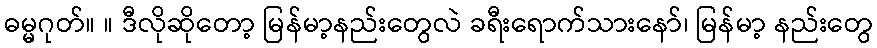
ဓမ္မဂုတ်။ ။ ဒီလိုဆိုတော့ မြန်မာ့နည်းတွေလဲ ခရီးရောက်သားနော်၊ မြန်မာ့ နည်းတွေ